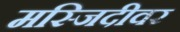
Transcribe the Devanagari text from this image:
मस्जिदीवर